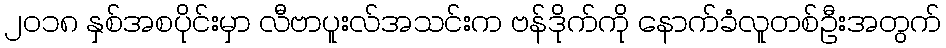
၂၀၁၈ နှစ်အစပိုင်းမှာ လီဗာပူးလ်အသင်းက ဗန်ဒိုက်ကို နောက်ခံလူတစ်ဦးအတွက်